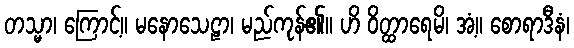
တသ္မာ၊ ကြောင့်။ မနောသေဠာ၊ မည်ကုန်၏။ ဟိ ဝိတ္ထာရေမိ၊ အံ့။ စောရာဒီနံ၊